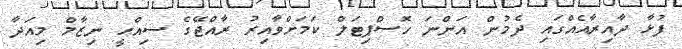
ފުޅާ ދާއިރާއެއްގައި ދެމުން އަންނަ ހޮސްޕިޓަލް ކަމަށްވާއިރު ރާއްޖޭގެ ސިއްޙީ ނިޒާމް މިއަދާ